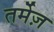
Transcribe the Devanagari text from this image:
तर्मेज़